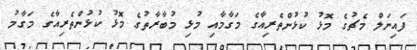
ފައިނަލް މެޗުގެ މޮޅު ކުޅުންތެރިއާގެ މަގާމާއި މުޅި މުބާރާތުގެ މޮޅު ކުޅުންތެރިއާގެ މަގާމު